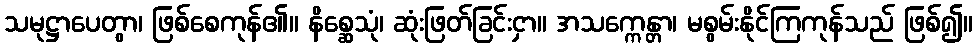
သမုဋ္ဌာပေတွာ၊ ဖြစ်စေကုန်၏။ နိစ္ဆေသုံ၊ ဆုံးဖြတ်ခြင်းငှာ။ အသက္ကေန္တာ၊ မစွမ်းနိုင်ကြကုန်သည် ဖြစ်၍။